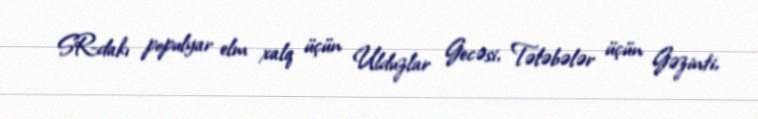
SR-dakı populyar elm xalq üçün Ulduzlar Gecəsi, Tələbələr üçün Gəzinti,